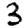
Digit: 3